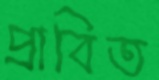
প্রাবিত